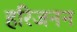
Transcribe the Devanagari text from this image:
हरिजनन